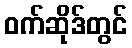
ဝက်ဆိုဒ်တွင်